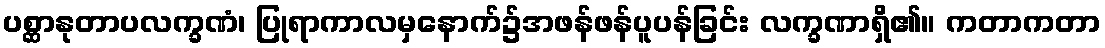
ပစ္ဆာနုတာပလက္ခဏံ၊ ပြုရာကာလမှနောက်၌အဖန်ဖန်ပူပန်ခြင်း လက္ခဏာရှိ၏။ ကတာကတာ